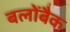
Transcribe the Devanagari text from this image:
बलोंबैक